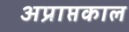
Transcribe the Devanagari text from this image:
अप्राप्तकाल